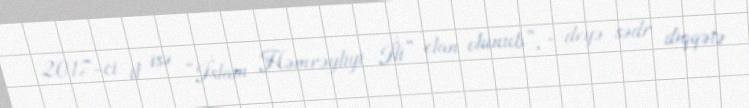
2017-ci il isə “İslam Həmrəyliyi İli” elan olunub”, - deyə sədr diqqətə